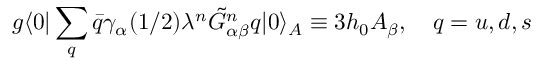
g \langle 0 \vert \sum _ { q } \bar { q } \gamma _ { \alpha } ( 1 / 2 ) \lambda ^ { n } \tilde { G } _ { \alpha \beta } ^ { n } q \vert 0 \rangle _ { A } \equiv 3 h _ { 0 } A _ { \beta } , ~ ~ ~ q = u , d , s